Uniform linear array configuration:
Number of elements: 12
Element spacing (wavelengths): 1
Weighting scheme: exponential
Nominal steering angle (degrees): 45
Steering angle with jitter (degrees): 44.826
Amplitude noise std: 0.05
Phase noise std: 0.05

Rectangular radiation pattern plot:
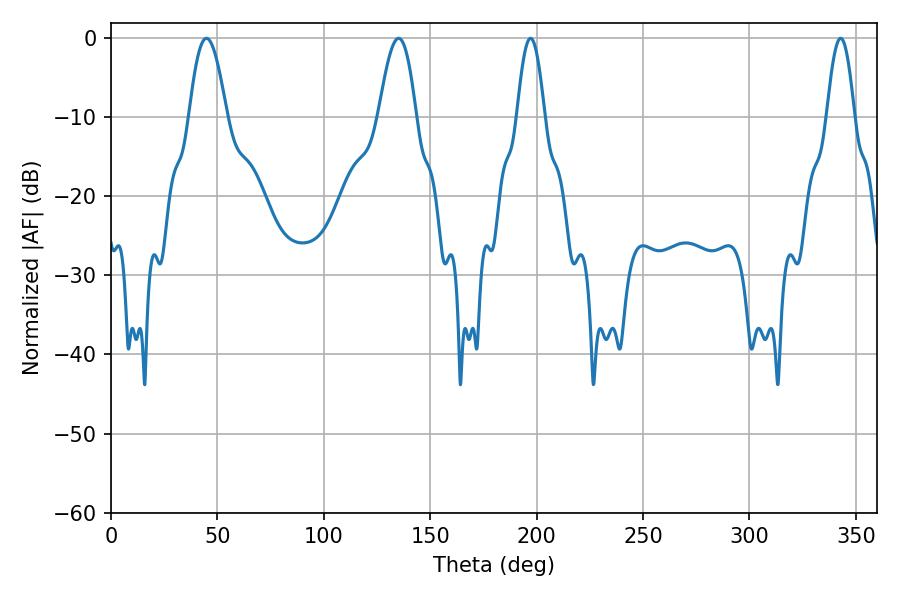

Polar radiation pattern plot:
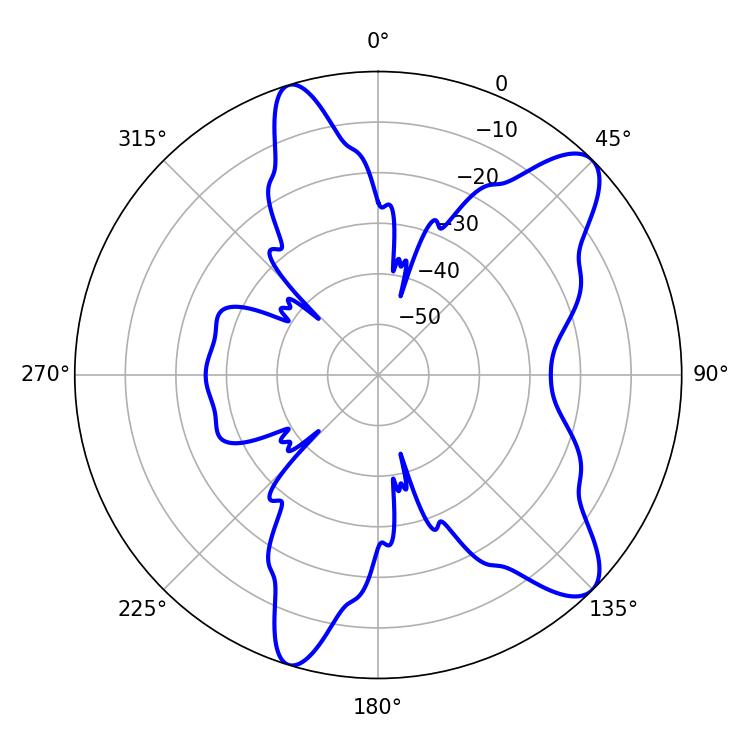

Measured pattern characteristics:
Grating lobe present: TRUE
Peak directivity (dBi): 10.146
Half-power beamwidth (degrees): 9.54
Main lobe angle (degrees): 44.82